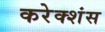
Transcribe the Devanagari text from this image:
करेक्शंस